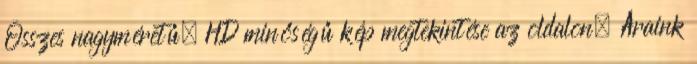
Összes nagyméretű, HD minőségű kép megtekintése az oldalon. Áraink